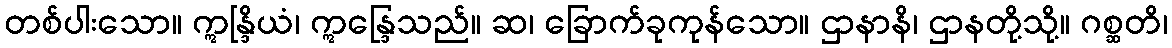
တစ်ပါးသော။ ဣန္ဒြိယံ၊ ဣန္ဒြေသည်။ ဆ၊ ခြောက်ခုကုန်သော။ ဌာနာနိ၊ ဌာနတို့သို့။ ဂစ္ဆတိ၊